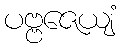
ပဗ္ဗဇေယျံ